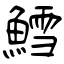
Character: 鱈